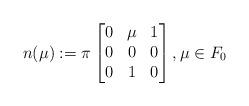
LaTeX: \begin{align*} n(\mu):=\pi \begin{bmatrix}0 & \mu & 1 \\ 0& 0 & 0\\ 0 & 1 & 0\end{bmatrix}, \mu\in F_0\end{align*}